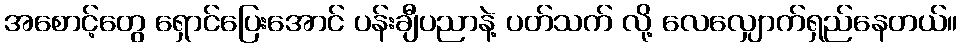
အစောင့်တွေ ရှောင်ပြေးအောင် ပန်းချီပညာနဲ့ ပတ်သက် လို့ လေလျှောက်ရှည်နေတယ်။